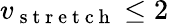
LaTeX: v_{\mathrm{~s~t~r~e~t~c~h~}}\leq 2